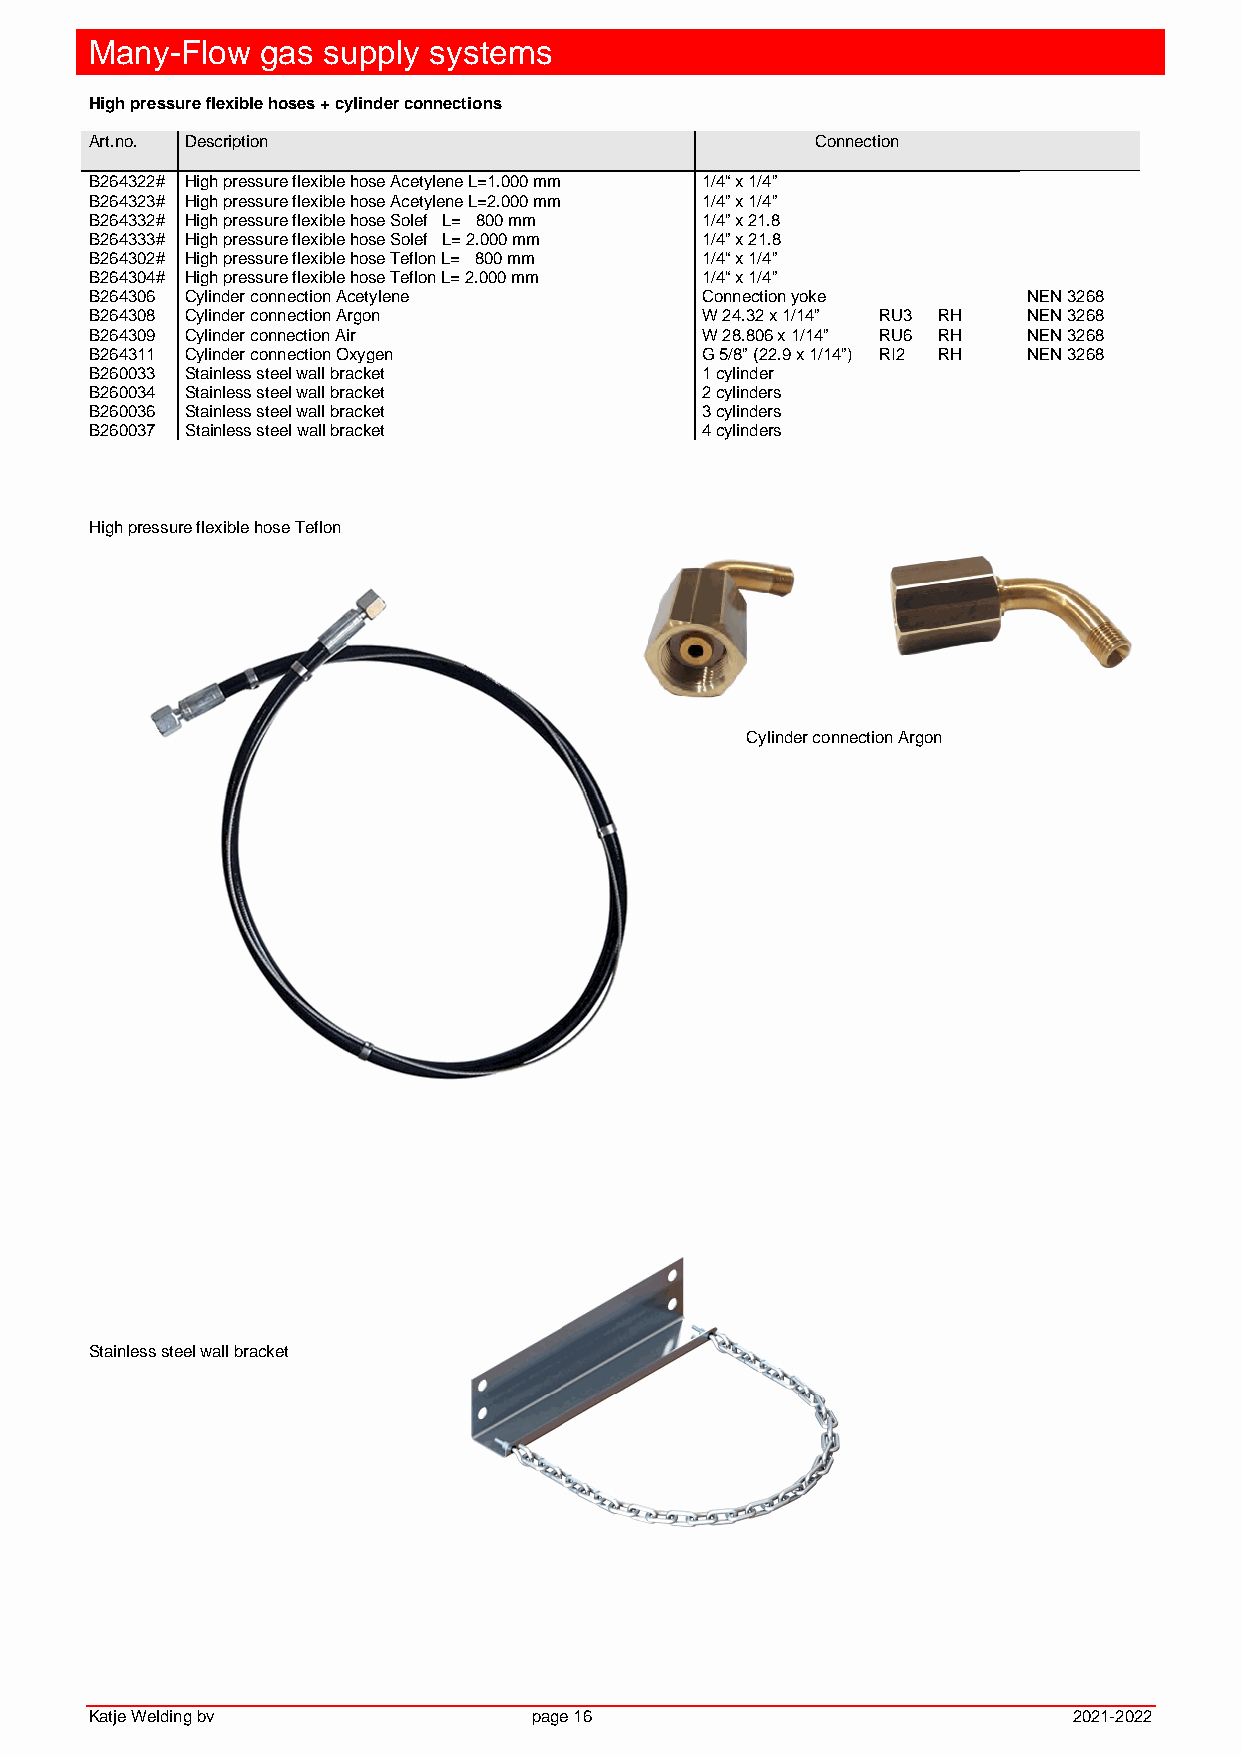
Many-Flow  gas supply systems
 High pressure flexible hoses + cylinder connections
 Art.no. Description                             Connection
 B264322# High pressure flexible hose Acetylene L=1.000 mm 1/4“ x 1/4”
 B264323# High pressure flexible hose Acetylene L=2.000 mm 1/4” x 1/4”
 B264332# High pressure flexible hose Solef L= 800 mm 1/4” x 21.8
 B264333# High pressure flexible hose Solef L= 2.000 mm 1/4” x 21.8
 B264302# High pressure flexible hose Teflon L= 800 mm 1/4“ x 1/4”
 B264304# High pressure flexible hose Teflon L= 2.000 mm 1/4“ x 1/4”
 B264306 Cylinder connection Acetylene   Connection yoke       NEN 3268
 B264308 Cylinder connection Argon       W 24.32 x 1/14” RU3 RH NEN 3268
 B264309 Cylinder connection Air         W 28.806 x 1/14” RU6 RH NEN 3268
 B264311 Cylinder connection Oxygen      G 5/8” (22.9 x 1/14”) RI2 RH NEN 3268
 B260033 Stainless steel wall bracket    1 cylinder
 B260034 Stainless steel wall bracket    2 cylinders
 B260036 Stainless steel wall bracket    3 cylinders
 B260037 Stainless steel wall bracket    4 cylinders
 High pressure flexible hose Teflon
 Cylinder connection Argon
 Stainless steel wall bracket
 Katje Welding bv             page 16                             2021-2022